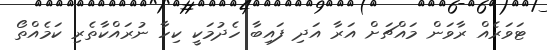
ޓަވަރެއް ރާވަން މައްޗަށް އަރާ އަދި ފައިބާ ހެދުމަކީ ކިހާ ނުރައްކާތެެރި ކަމެއްތޯ